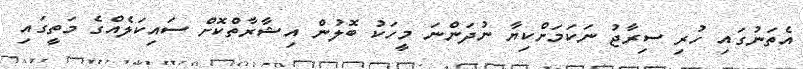
އެތަނުގައި ހުރި ސިރާޖު ނަކަމަށްކިޔާ ނުދަންނަ މީހަކު ބޮލުން އިޝާރާތްކޮށް ސައިކަލެއްގެ މަތީގައި